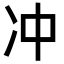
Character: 冲